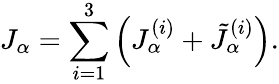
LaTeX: J_{\alpha}=\sum_{i=1}^{3}\left(J_{\alpha}^{(i)}+\tilde{J}_{\alpha}^{(i)}\right).